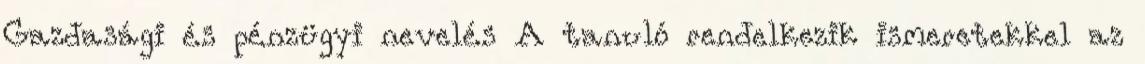
Gazdasági és pénzügyi nevelés A tanuló rendelkezik ismeretekkel az